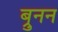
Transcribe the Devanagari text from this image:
ब्रुनन